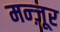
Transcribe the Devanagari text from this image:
मन्ज़ूर